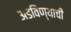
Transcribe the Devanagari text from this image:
अडविण्याची